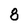
Character: 8